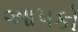
આપકો